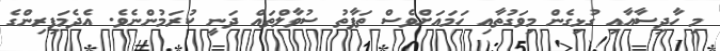
މި ހާދިސާއާއި ގުޅިގެން މިވަގުތާއި ހަމައަށްވެސް ތަފާތު ސުވާލްތައް ދަނީ ކުރަމުންނެވެ. އެދެމަފިރިންގެ